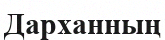
Дарханның